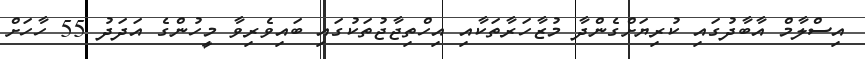
އިސްލާމް އާބާދުގައި ކުރިޔަށްގެންދާ މުޒާހަރާތަކާއި އިހްތިޖާޖުތަކުގައި ބައިވެރިވާ މީހުންގެ އަދަދު 55 ހާހަށް